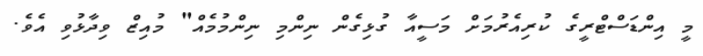
މީ އިންޑަސްޓްރީގެ ކުރިއެރުމަށް މަސީއާ ގުޅިގެން ނިންމި ނިންމުމެއް" މުއިޒް ވިދާޅުވި އެވެ.